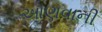
આણવાની